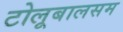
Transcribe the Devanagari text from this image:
टोलूबालसम